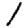
Digit: 1